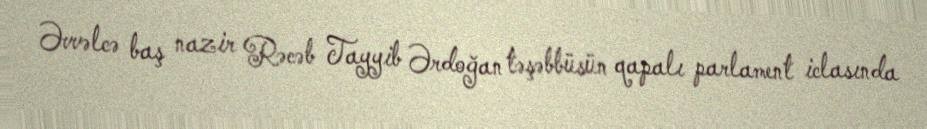
Əvvəlcə baş nazir Rəcəb Tayyib Ərdoğan təşəbbüsün qapalı parlament iclasında